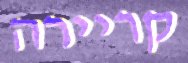
קריירה